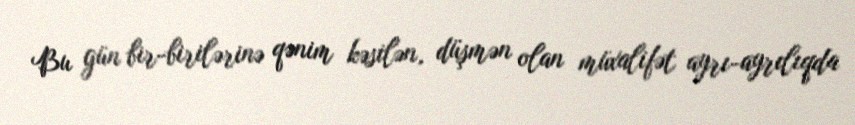
Bu gün bir-birilərinə qənim kəsilən, düşmən olan müxalifət ayrı-ayrılıqda